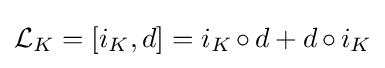
{\mathcal {L}}_{K}=[i_{K},d]=i_{K}\,{\circ }\,d+d\,{\circ }\,i_{K}